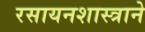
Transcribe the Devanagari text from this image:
रसायनशास्त्राने